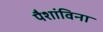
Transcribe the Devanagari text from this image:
पैशांविना